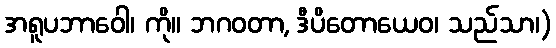
အရူပဘာဝေါ၊ ကို။ ဘဂဝတာ, ဒီပိတောယေဝ၊ သည်သာ၊)